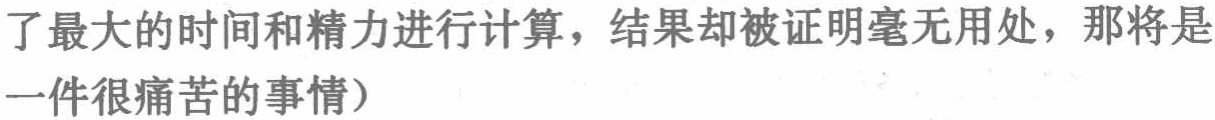
了最大的时间和精力进行计算，结果却被证明毫无用处，那将是一件很痛苦的事情）